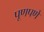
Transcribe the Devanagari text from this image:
पूणपणे